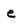
Character: e